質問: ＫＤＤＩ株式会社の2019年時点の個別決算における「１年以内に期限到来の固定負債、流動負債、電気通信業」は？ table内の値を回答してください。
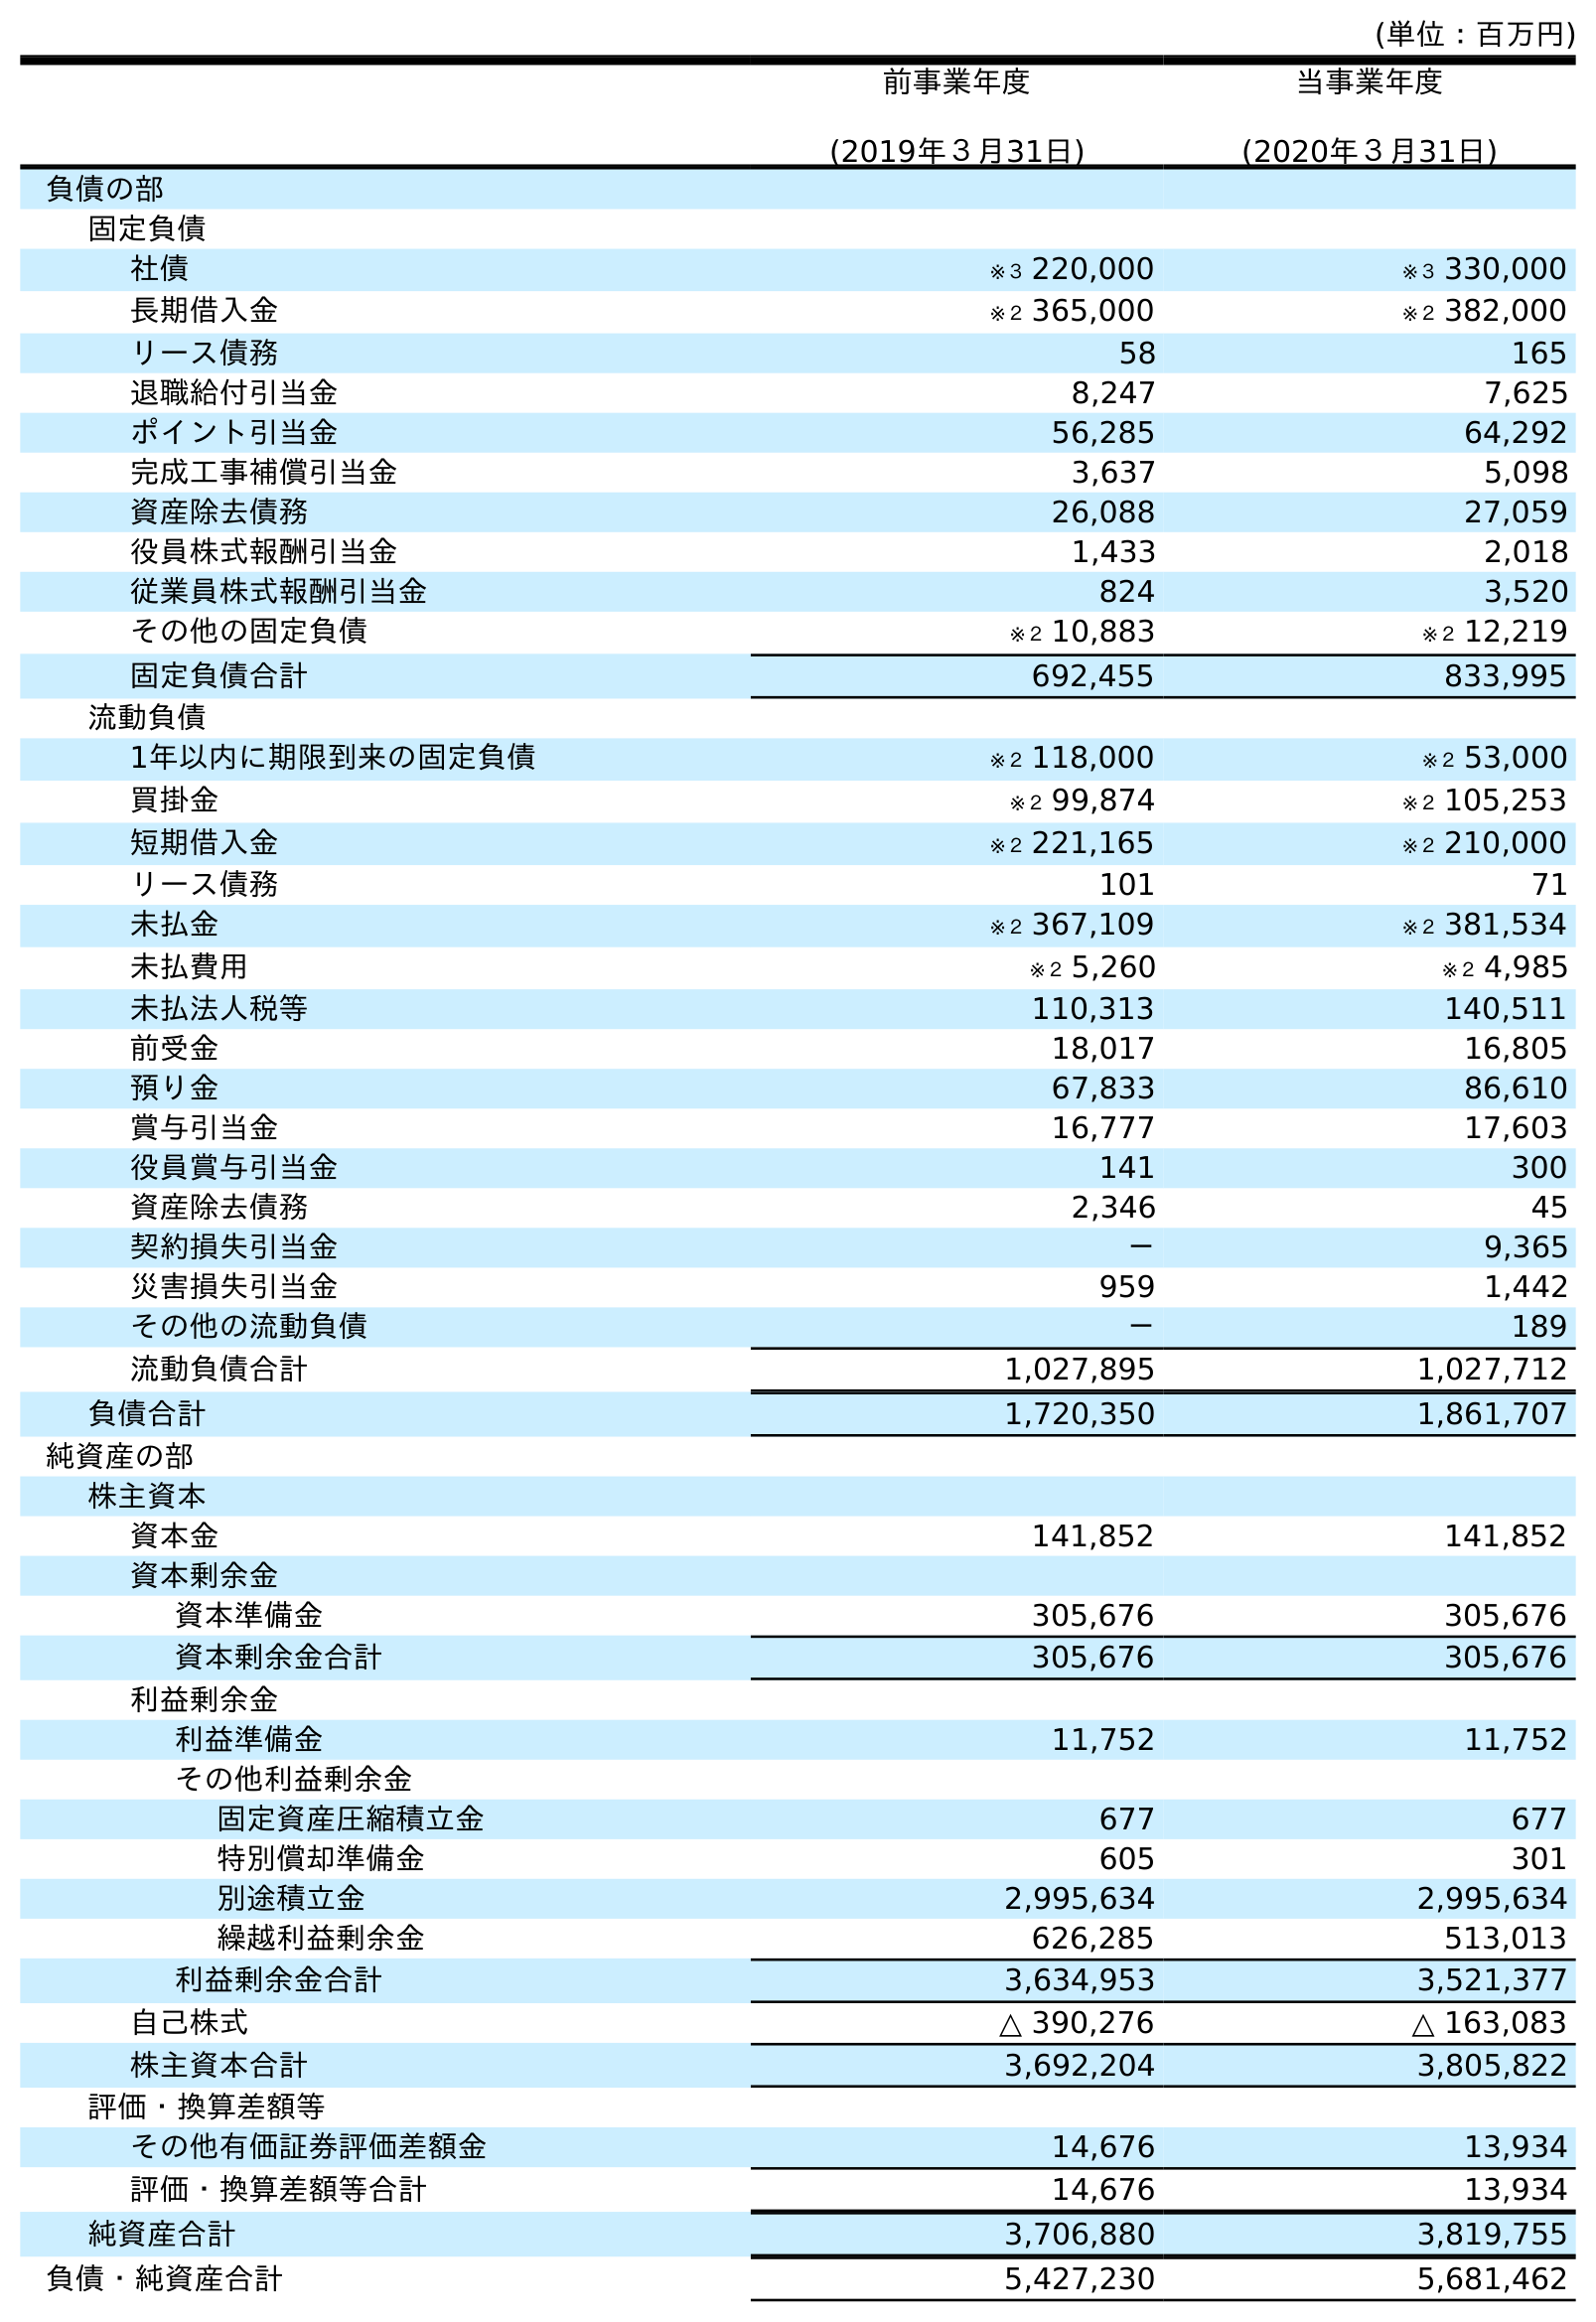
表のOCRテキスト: (単位：百万円) 前事業年度 (2019年３月31日) 当事業年度 (2020年３月31日) 負債の部 固定負債 社債 ※３ 220,000 ※３ 330,000 長期借入金 ※２ 365,000 ※２ 382,000 リース債務 58 165 退職給付引当金 8,247 7,625 ポイント引当金 56,285 64,292 完成工事補償引当金 3,637 5,098 資産除去債務 26,088 27,059 役員株式報酬引当金 1,433 2,018 従業員株式報酬引当金 824 3,520 その他の固定負債 ※２ 10,883 ※２ 12,219 固定負債合計 692,455 833,995 流動負債 1年以内に期限到来の固定負債 ※２ 118,000 ※２ 53,000 買掛金 ※２ 99,874 ※２ 105,253 短期借入金 ※２ 221,165 ※２ 210,000 リース債務 101 71 未払金 ※２ 367,109 ※２ 381,534 未払費用 ※２ 5,260 ※２ 4,985 未払法人税等 110,313 140,511 前受金 18,017 16,805 預り金 67,833 86,610 賞与引当金 16,777 17,603 役員賞与引当金 141 300 資産除去債務 2,346 45 契約損失引当金 － 9,365 災害損失引当金 959 1,442 その他の流動負債 － 189 流動負債合計 1,027,895 1,027,712 負債合計 1,720,350 1,861,707 純資産の部 株主資本 資本金 141,852 141,852 資本剰余金 資本準備金 305,676 305,676 資本剰余金合計 305,676 305,676 利益剰余金 利益準備金 11,752 11,752 その他利益剰余金 固定資産圧縮積立金 677 677 特別償却準備金 605 301 別途積立金 2,995,634 2,995,634 繰越利益剰余金 626,285 513,013 利益剰余金合計 3,634,953 3,521,377 自己株式 △ 390,276 △ 163,083 株主資本合計 3,692,204 3,805,822 評価・換算差額等 その他有価証券評価差額金 14,676 13,934 評価・換算差額等合計 14,676 13,934 純資産合計 3,706,880 3,819,755 負債・純資産合計 5,427,230 5,681,462
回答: ※２118,000